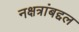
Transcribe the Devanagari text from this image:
नक्षत्रांबद्दल